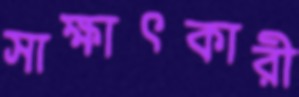
সাক্ষাৎকারী